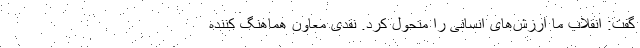
گفت: انقلاب ما ارزش‌های انسانی را متحول کرد. نقدی معاون هماهنگ کننده